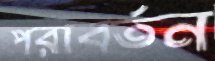
পরাবর্তন